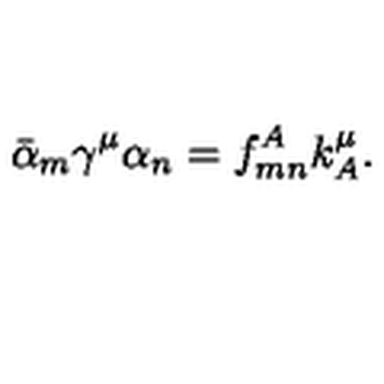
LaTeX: \bar { \alpha } _ { m } \gamma ^ { \mu } \alpha _ { n } = f _ { m n } ^ { A } k _ { A } ^ { \mu } .